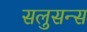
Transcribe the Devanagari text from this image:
सलुसन्स